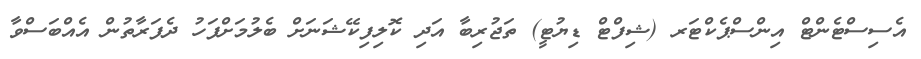
އެސިސްޓެންޓް އިންސްޕެކްޓަރ (ޝިފްޓް ޑިޔުޓީ) ތަޖުރިބާ އަދި ކޮލިފިކޭޝަނަށް ބެލުމަށްފަހު ދެފަރާތުން އެއްބަސްވާ